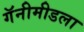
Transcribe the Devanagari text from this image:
गॅनीमीडला